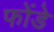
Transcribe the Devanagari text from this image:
फोंडे